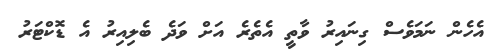
އެހެން ނަމަވެސް ގިނައިރު ވާތީ އެތެރެ އަށް ވަދެ ބެލިއިރު އެ ޑޮކްޓަރު